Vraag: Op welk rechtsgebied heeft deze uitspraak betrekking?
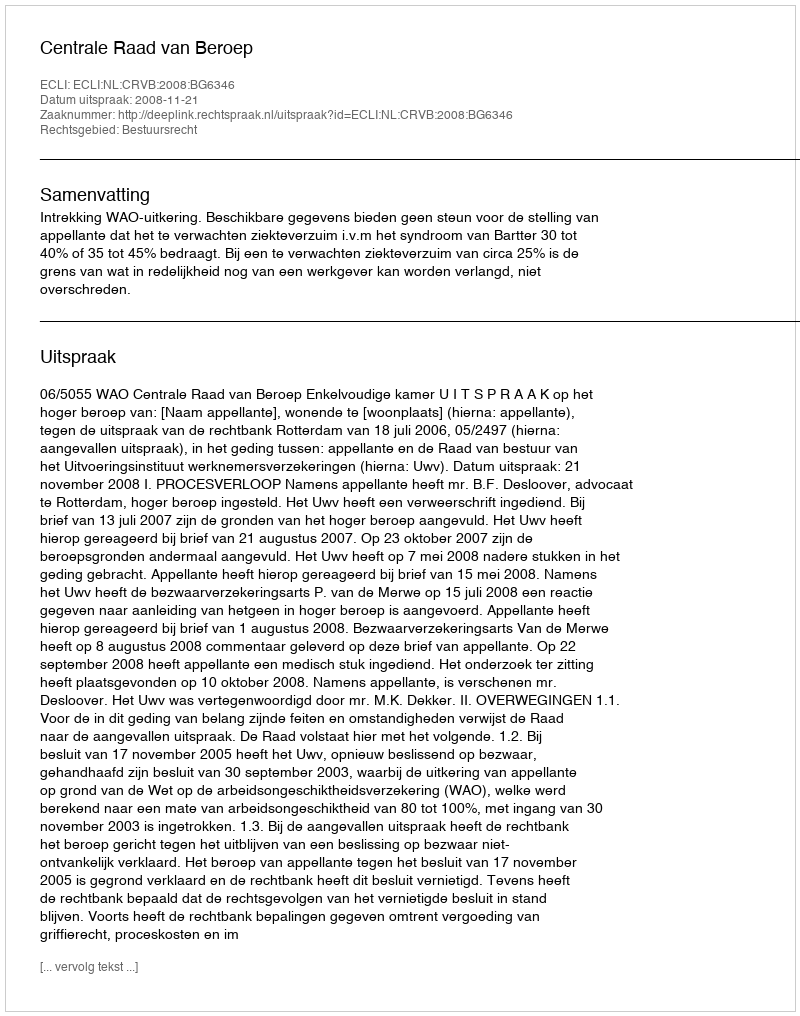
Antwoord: Bestuursrecht